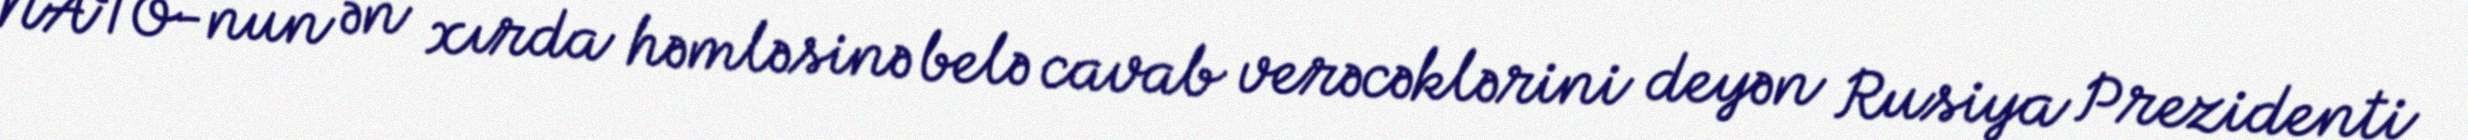
NATO-nun ən xırda həmləsinə belə cavab verəcəklərini deyən Rusiya Prezidenti